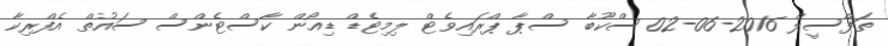
ތަފްސީލް 2016-06-02 ސްކޫބާ ސްޕާ ޕްރައިވެޓް ލިމިޓެޑް ޑިއޯން ކާސްޓެންސް ސައުތް އެފްރިކާ